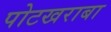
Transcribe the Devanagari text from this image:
पोटखराबा